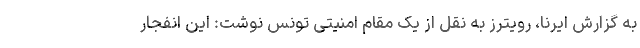
به گزارش ایرنا، رویترز به نقل از یک مقام امنیتی تونس نوشت: این انفجار